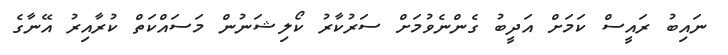
ނައިބު ރައީސް ކަމަށް އަދީބު ގެންނެވުމަށް ސަރުކާރު ކޯލިޝަނުން މަސައްކަތް ކުރާއިރު އޭނާގެ